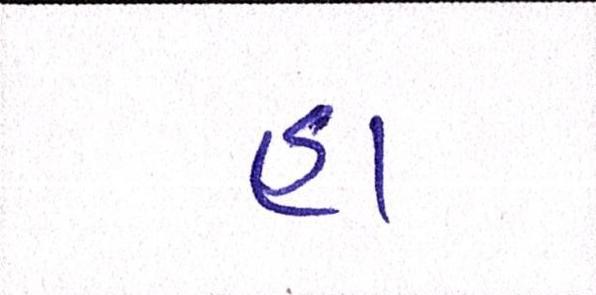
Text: હા